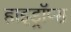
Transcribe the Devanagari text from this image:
हाइड्रॉप्स